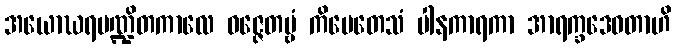
အယောဃရပဏ္ဍိတကာလေ ဝဇ္ဇေတဗ္ဗံ ကိမေတေသံ ပါနကာရကာ အာရက္ခဒေဝတာဟိ